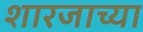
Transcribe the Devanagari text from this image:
शारजाच्या